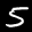
Label: 5